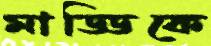
মাড্ডিকে